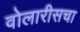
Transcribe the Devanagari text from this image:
वोलारीसचा